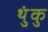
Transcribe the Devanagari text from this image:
थुंकु